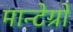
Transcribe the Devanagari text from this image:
मान्टेग्रो